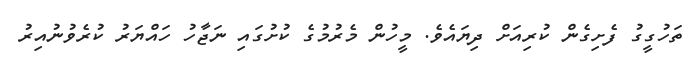
ތަހުގީގު ފެށިގެން ކުރިއަށް ދިޔައެވެ. މީހުން މެރުމުގެ ކުށުގައި ނަޖާހު ހައްޔަރު ކުރެވުނުއިރު